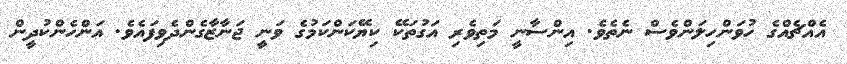
އެއްޗެއްގެ ހުވަންހިލަންވެސް ނެތެވެ. އިންސާނީ މަތިވެރި އަގުތަކޭ ކިޔޭކަންކަމުގެ ވަނީ ޖަނާޒާގެންދެވިފައެވެ. އަންހެންކުދީން